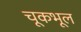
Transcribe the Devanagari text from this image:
चूकभूल